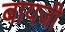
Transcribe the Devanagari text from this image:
बायजी